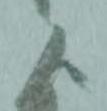
よ